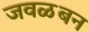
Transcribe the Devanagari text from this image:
जवळबन